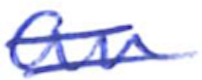
Text: an
Cross-out: double-line
Writing tool: ballpoint